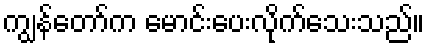
ကျွန်တော်က မောင်းပေးလိုက်သေးသည်။